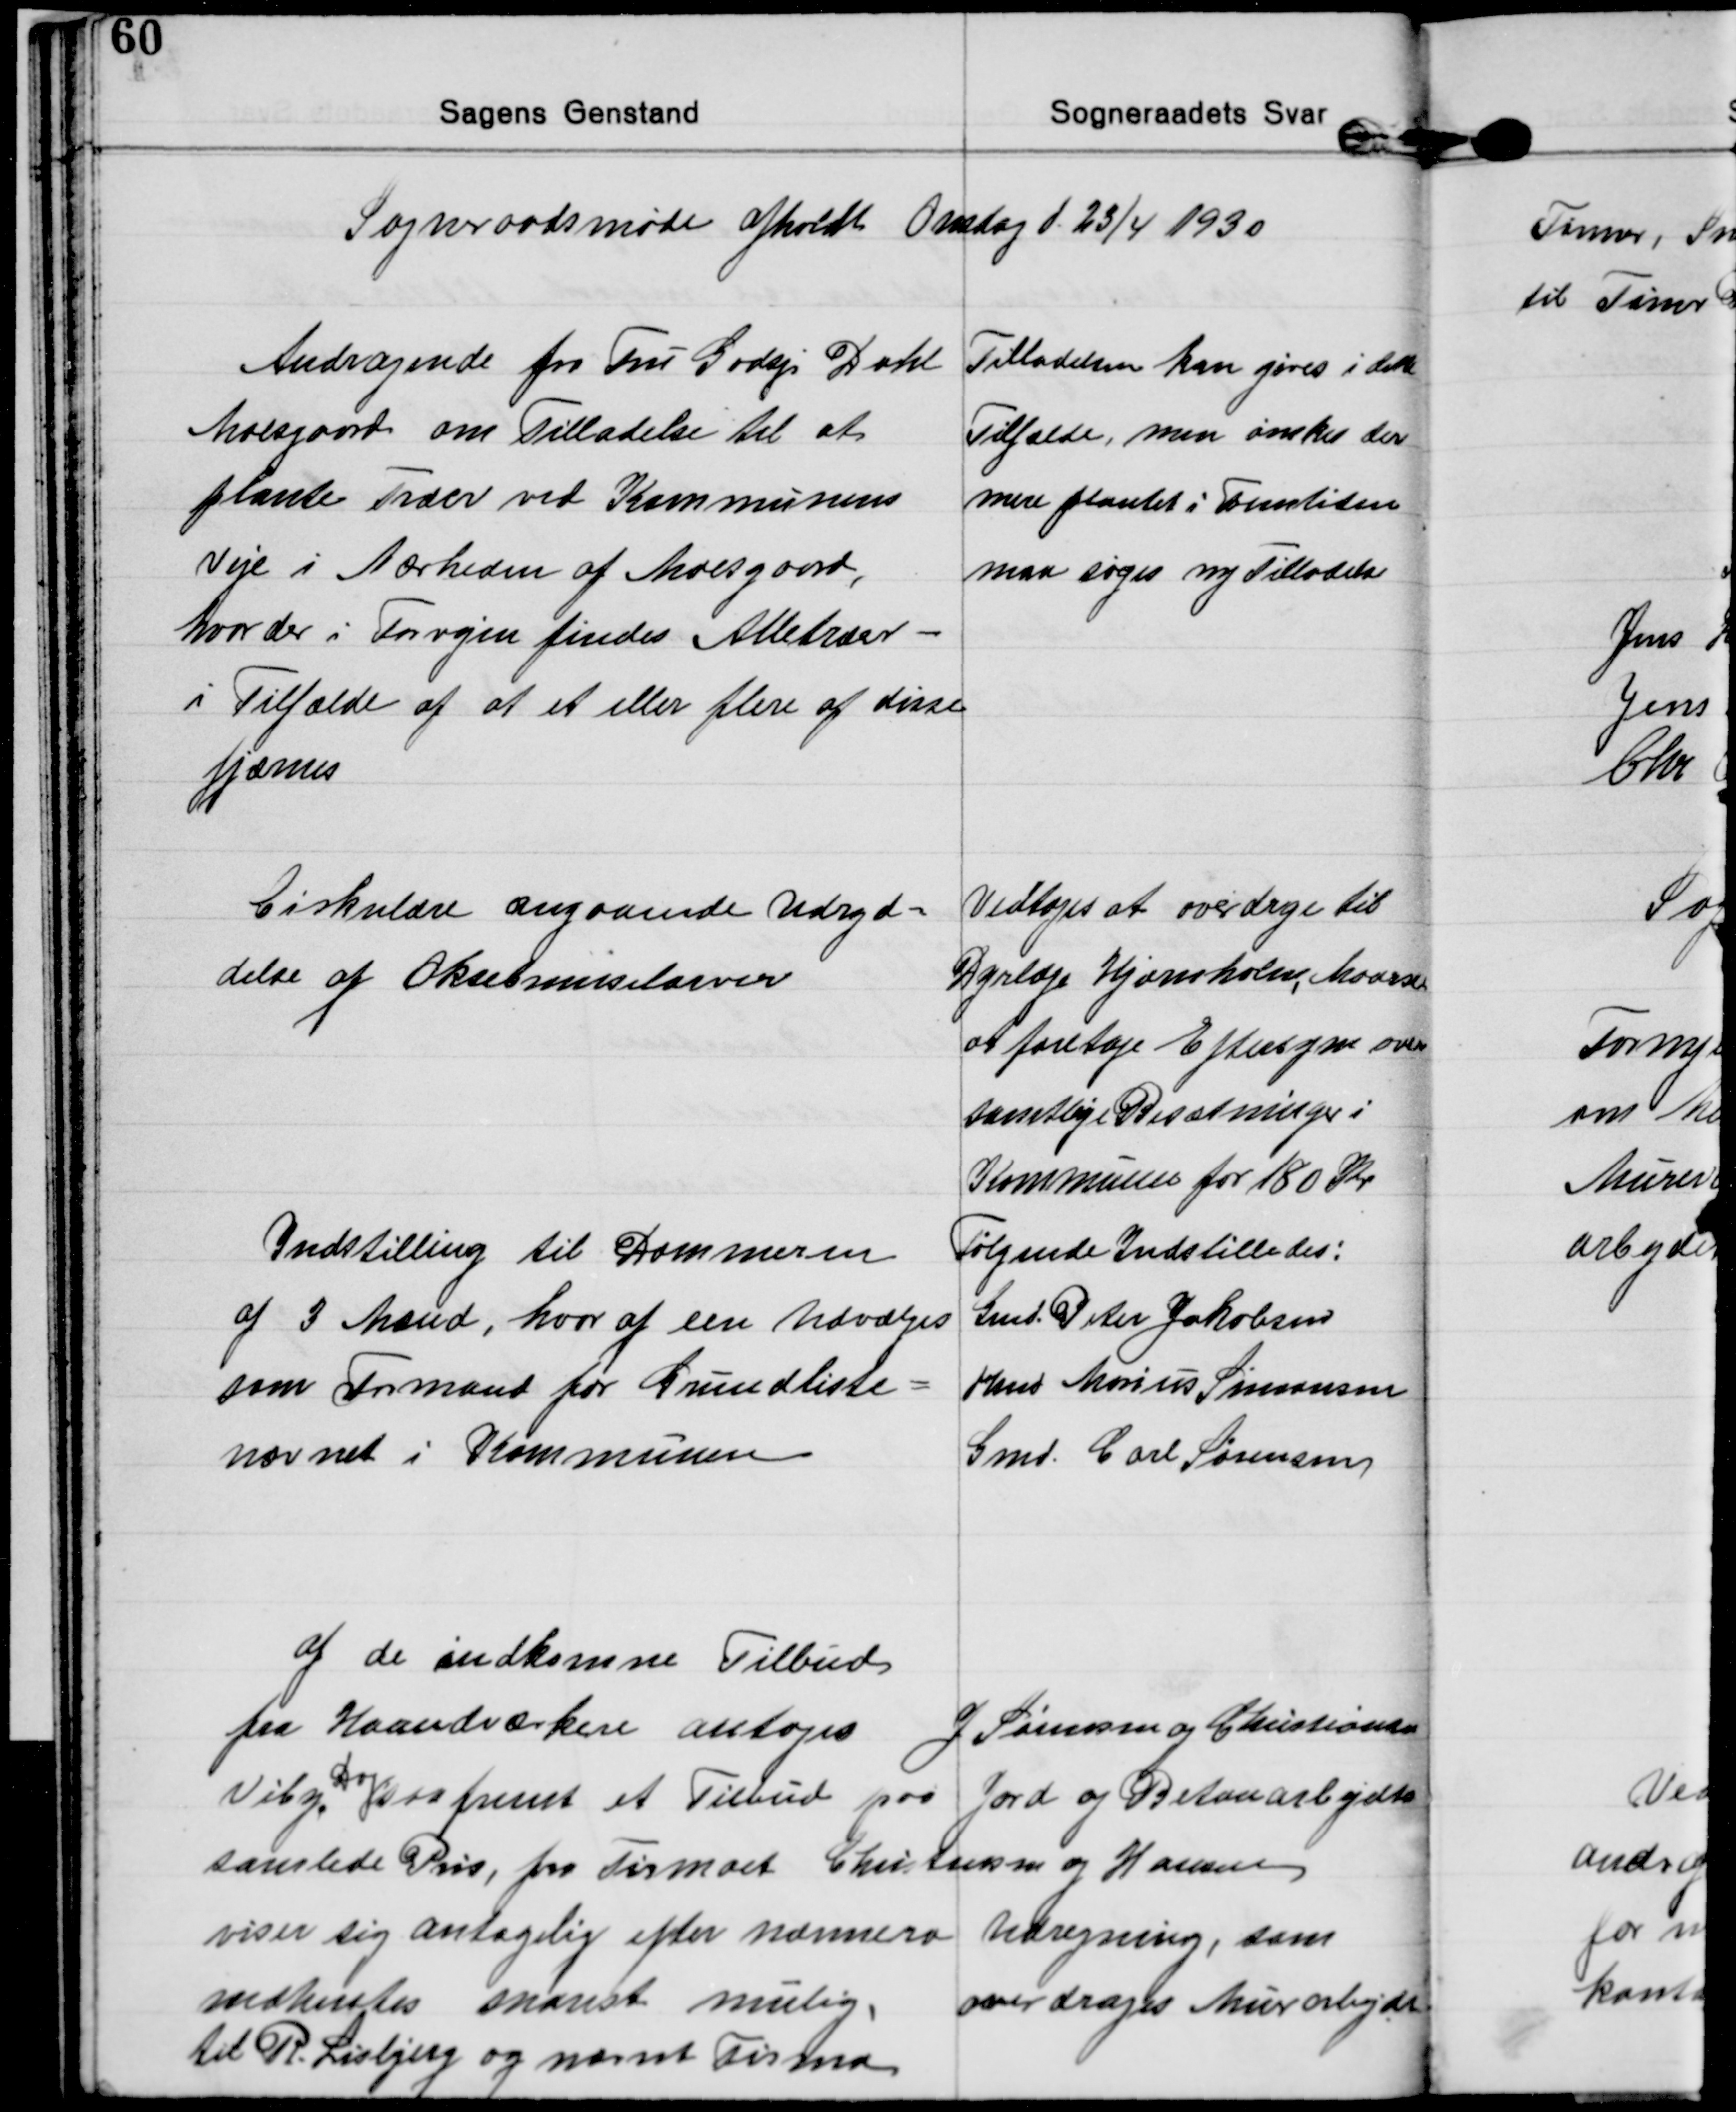
Transskription:
Sogneraadsmøde afholdt Onsdag d. 23/4 1930

Andragende fra Fru Godsjr Dahl
Moesgaard om Tilladelse til at
plante Træer ved Kommunens
Veje i Nærheden af Moesgaard,
hvor der i Forvejen findes Alletræer -
i Tilfælde af at et eller flere af disse
fjærnes
Tilladelsen kan gives i dette
Tilfælde, men ønskes der
mere plantet i Fremtiden
maa søges ny Tilladelse

Cirkulære angaaende Udryd=
delse af Oksebremselarver
Vedtoges at overdrage til
Dyrlæge Hjørnholm, Maarslet
at foretage Eftersyn over
samtlige Besætninger i
Kommunen for 180 Kr

Indstilling til Dommeren
af 3 Mænd, hvor af een udvælges
som Formand for Grundliste=
nævnet i Kommunen
Følgende Indstilledes:
Gmd. Peter Jakobsen
Hans Marius Simonsen
Gmd. Carl Sørensen

af de indkomne Tilbud
fra Haandværkere antoges J Sørensen og Christiansen
Viby,
Dog
saafremt et Tilbud paa Jord og Betonarbejdets
samlede Pris, fra Firmaet Christensen og Hansen
viser sig antagelig efter nærmere Udregning, som
indhentes snarest mulig, overdrages Murarbejde
til R. Lisbjerg og nævnt Firma